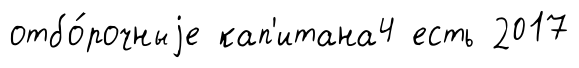
отбо́рочныjе кап'итана4 есть 2017